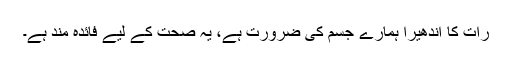
رات کا اندھیرا ہمارے جسم کی ضرورت ہے، یہ صحت کے لیے فائدہ مند ہے۔